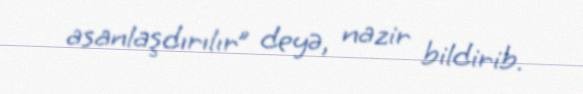
asanlaşdırılır” deyə, nazir bildirib.